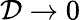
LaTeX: \mathcal{D}\to0